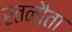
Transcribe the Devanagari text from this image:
रतनौता